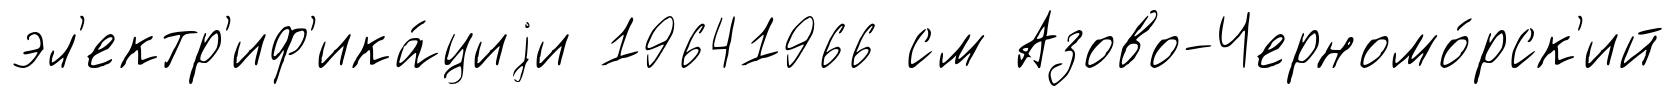
эл'ектр'иф'ика́циjи 19641966 см Азово-Черномо́рск'ий